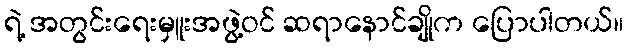
ရဲ့ အတွင်းရေးမှူးအဖွဲ့ဝင် ဆရာနောင်ချိုက ပြောပါတယ်။